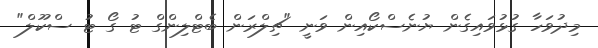
މިދުވަހާ ގުޅުވައިގެން ޔުނެސްކޯއިން ވަނީ "ޗިލްރަން ބެޓްލިންގް ޓު ގޯ ޓު ސްކޫލް"